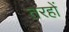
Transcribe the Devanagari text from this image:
तरहों